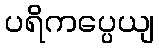
ပရိကပ္ပေယျ